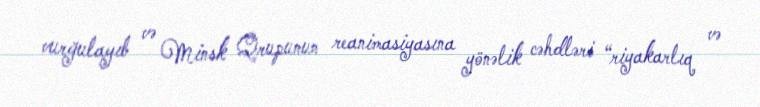
vurğulayıb və Minsk Qrupunun reanimasiyasına yönəlik cəhdləri “riyakarlıq və